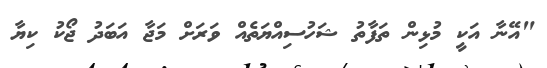
"އޭނާ އަކީ މުޅިން ތަފާތު ޝަހުސިއްޔަތެއް ވަރަށް މަޖާ އަބަދު ޖޯކު ކިޔާ